Sketch of the medical history of the native army of Bombay, for the year
Year: 1876
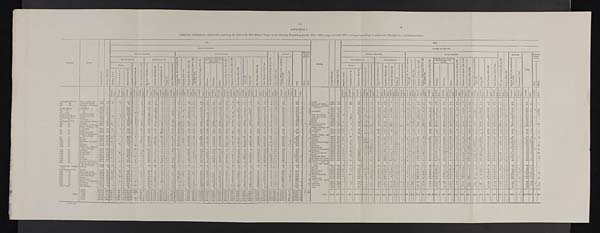
ANNUAL GENERAL RETURN exhibiting the Sick of H. M.'s Native Troops in the Bombay Presidency for the Year 1876, compared with 1875, arranged according to authorized Classification and Nomenclature.
Regiment.
Station.
A v e r a g e S t r e n g t h .
A v e r a g e D a i l y S i c k .
1876.
Station.
A v e r a g e S t r e n g t h .
A v e r a g e D a i l y S i c k .
1875.
CLASS OF DISEASES.
CLASSES OF DISEASES.
G E N E R A L D I S E A S E S .
LOCAL DISEASES.
O l d A g e a n d D e b i l i t y , 9 0 4 a n d 9 0 5 .
P o i s o n s , 9 0 6 t o 9 9 1 .
INJURIES.
T o t a l .
SURGICAL
OPERA
TIONS.
GENERAL DISEASES.
LOCAL DISEASES.
O l d A v e a n d D e b i l i t y , 9 0 4 a n d 9 0 5
P o i s o n s , 9 0 6 t o 9 9 1 .
INJURIES.
Total.
SURGICAL
OPERA
TIONS.
SubDivision A .
Sub D i v i s i o n B .
D i s e a s e s o f t h e N e r v o u s S y s t e m , 5 9 t o 1 0 4 .
I n s a n i t y , 1 0 5 t o 1 1 0 .
D i s e a s e s o f t h e E y e , 1 1 0 t o 1 8 5 .
D i s e a s e s o f t h e H e a r t , 2 1 9 t o 2 4 4 , a n d 2 5 0 t o 2 5 8 .
D i s e a s e s o f t h e L u n g s , 2 9 0 t o 3 3 7 .
Diseases of the Sto
mach and Intestines,
149 to 500.
D i s e a s e s o f t h e L i v e r , 5 0 1 t o 5 2 0 .
D i s e a s e s o f t h e S p l e e n , 5 2 4 t o 5 3 0 .
G o n o r r h œ a , 5 8 5 t o 5 9 4 .
A b s c e s s , 8 1 9 , a n d c l s e w h e r e a c c o r d i n g t o s i t e .
Ulcers, 859.
S k i n D i s e a s e s , 8 2 9 t o 9 0 1 .
O t h e r D i s e a s e s o f t h i s C l a s s .
I n j u r i e s , 9 9 2 t o 1 , 1 4 6 , a n d B l i s t e r e d f e e t , 1 , 1 4 8
P u n i s h m e n t , 1 , 1 4 7 .
Maj or.
Minor.
S u b D i v i s i o n A .
SubDivision B.
D i s e a s e s o f t h e N e r v o u s S y s t e m , 5 9 t o 1 0 4 .
I n s a n i t y , 1 0 5 t o 1 1 0 .
D i s e a s e s o f t h e E y e , 1 1 0 t o 1 8 5 .
D i s e a s e s o f t h e H e a r t , 2 1 9 t o 2 4 4 , a n d 2 5 0 t o 2 5 8 .
D i s e a s e s o f t h e L u n g s , 2 9 0 t o 3 3 7 .
Diseases of the Stomach
and Intestines, 449
to 500.
D i s e a s e s o f t h e L i v e r , 5 0 1 t o 5 2 0 .
D i s e a s e s o f t h e S p l e e n , 5 2 4 t o 5 3 0 .
G o n o r r h œ a , 5 8 5 t o 5 9 4 .
A b s e c e s s , 8 1 9 , a n d e l s e w h e r e a c c o r d i n g t o s i t e .
U l c e r s , 8 5 9 .
S k i n D i s e a s e s , 8 2 9 t o 9 0 1 .
O t h e r D i s e a s e s o f t h i s C l a s s .
I n j u r i e s , 9 9 2 t o 1 , 1 4 6 a n d B l i s t e r e d F e e t , 1 , 1 4 8 .
Pu n i s h me n t , 1 , 1 4 7 .
Fevers.
M a l i g n a n t C h o l e r a , 1 8 .
O t h e r D i s e a s e s o f t h i s C l a s s .
R h e u m a t i c A f f e c t i o n s , 3 4 t o 4 2 .
S y p h i l i t i c A f f e c t i o n s 4 3 .
S c o r b u t i c A f f e c t i o n s , 5 4 .
Dr ops y, 57.
O t h e r D i s e a s e s o f t h i s C l a s s .
D i a r r h œ a .
D y s e n t e r y .
O t h e r s .
Fevers.
M a l i g n a n t C h o l e r a , 1 8 .
O t h e r D i s e a s e s o f t h i s C l a s s .
R h e u m a t i c A f f e c t i o n s , 3 4 t o 4 2 .
S y p h i l i t i c A f f e c t i o n s 4 3 .
S c o r b u t i c A f f e c t i o n s , 5 4 .
Dr o p s y , 5 7 .
O t h e r D i s e a s e s o f t h i s C l a s s .
D i a r r h œ a .
D y s e n t e r y .
O t h e r s .
Major. Minor.
E r u p t i c e , 1 t o 5 .
C o n t i n u e d , 6 t o 1 4 .
M a l a r i o u s , 1 5 a n d 1 6 .
E r u p t i c e , 1 t o 5 .
C o n t i n u e d , 6 t o 1 4 .
M a l a r i o u s , 1 5 a n d 1 6 .
T r e a t e d .
D i e d .
T r e a t e d .
D i e d .
T r e a t e d .
D i e d .
T r e a t e d .
D i e d .
T r e a t e d .
D i e d .
T r e a t e d .
D i e d .
T r e a t e d .
D i e d .
T r e a t e d .
D i e d .
Treat ed.
D i e d .
T r e a t e d .
D i e d .
T r e a t e d .
D i e d .
Treated.
D i e d .
T r e a t e d .
D i e d .
Treated.
D i e d .
T r e a t e d .
Died.
T r e a t e d .
D i e d . T r e a t e d .
D i e d .
T r e a t e d .
D i e d .
T r e a t e d .
Died.
T r e a t e d .
D i e d .
T r e a t e d .
D i e d .
T r e a t e d .
D i e d .
T r e a t e d .
D i e d .
T r e a t e d .
D i e d .
T r e a t e d .
D i e d .
T r e a t e d .
D i e d .
Treat ed.
D i e d .
Treated.
D i e d .
T r e a t e d .
D i e d .
T r e a t e d .
D i e d .
T r e a t e d .
D i e d .
T r e a t e d .
D i e d .
T r e a t e d .
D i e d .
T r e a t e d .
D i e d .
T r e a t e d .
D i e d .
T r e a t e d .
D i e d .
T r e a t e d .
Di ed.
T r e a t e d .
D i e d .
T r e a t e d .
D i e d .
Treated.
D i e d .
T r e a t e d .
D i e d . T r e a t e d . D i e d . T r e a t e d .
D i e d .
Treat ed.
Di ed.
T r e a t e d .
D i e d .
T r e a t e d .
D i e d .
T r e a t e d .
D i e d .
T r e a t e d .
D i e d .
T r e a t e d .
D i e d .
T r e a t e d .
D i e d .
T r e a t e d .
D i e d .
Treated.
D i e d .
T r e a t e d .
D i e d .
Treated.
D i e d .
T r e a t e d . Died.
T r e a t e d .
Died.
Tr eat ed.
D i e d .
Treated.
Di ed.
Treated.
D i e d . Treated.
Died.
T r e a t e d .
Died.
1st Regiment N.L.C. ... Poona and Baroda ... 435.8
17.0
1
28
187
1
20
13
2
1
26
22
1
5
14
6
...
8
1
2
... 14
3
51
15
2
83
503
3 ...
7 Poona
459.7
15.5
1 6
242
1
19
13
1
1
8
17
22
15
22
3
2
2
6
5
51
25
6
76
553
2nd
do.
... Deesa and Rájkot ... 460.4
11. 3
2
2
90
1
1
25
1 2
5
8
1
1 7
2
12
...
,
11
36
2
9
_ 9
.
16
11
4
1 ..
88
.
354
2
2
De e s a a nd Rá j kot
434.9 13.3
...
26
_
106
.
23
1
9
3 3
14
1
7
8
.. 21
20
6
1
.
6
8
3
6
.. 12
..
4
9 0
376
2
3rd
do.
... Neemuch and Noossee
rabad
...
... 440.2
15.4 ...
213
..
...
37
6 1
6
19
2
1 1
7
19
1
11
1
5
.. 3 ..
5
_
2
80
21
1
2
151
.. ...
602
2
...
2
N e e m u c h a n d N u s s e e r a b a d
438.6 16.0
... ..
193
.
.
.
52
8
.. 6
... .. 13 . 2
14
.
3
1
2 2 8
14
15 ..
3
1
7
.
.
4
.
4 6
34 ..
5
9 0
540
1
.
1st Sind Horse ...
Jacobabad.
...
... 325.2
14.3 ... ...
436
19
12 8
6
1 0
4 8
21
5
3
11
4 ..
39 ..
33
1 0
2 .. 1 ..
73 1
...
.
701
5 ...
33 Jacobabad.
304.5
10.1 _
367 1 ... .
22
5 . 10 .
.
3 .
..
9 .. ..
8
2
6
..
13 .. 10
1
4
2
.
.
5 . 17
37
3
1
3
1
58 ..
582
6
1
3 2
2nd
do.
Do.
340.0
11.8
220
9
11 3
1
1
1
5
1
19
2
8
2
12
6
50
19
5
1
47
421
2
13
287.0 9.6
129
8
... 12
4
2
1
3
1
.. 10
2 1
.. 4
4
3
6
12
72
..
33
6
1
32
343
3
31
3rd
do.
Do.
369.7
17.7 ... ...
..
...
402
1
26
9
.
16 ..
4 ... ..
...
.
..
4 .
2 1 .
11
...
1 3
5 60
3
36
2.. 19 .
3
3
8
60
26
12
4 ... .. ..
112
821
21
...
28
356.0 10.7
441 3 ... .. ..
17
2
2
5
4
1 19
23
12
5
... .
7 .. 21 _
48 . 14
3
1 0 1 1
... ..
724
4
47
Poona Horse
... Sirur and Dhulia
.. 416.5
13.2 ..
..
1 ..
111 1 .
...
2 1
23
1
... 1
1
..
3
3 ..
..
9
1
1 1
4 ..
9
16 ..
2
2
8
2
14
1 2
3 .
.
62 ..
.
301
2 ...
2 Sirur and Dhulia
399.8 12.5
3 ..
2
84
4
23
2
1
9
1
18 .
.....
1 0 1
3 ..
12 ..
18
2
5 .
8
.
2
33
. 13
1
1
1 ...
79
333
4
...
7
Sappers and Miners ... Kirkee and Aden
... 464.5 9.5
2
.. 2
1
58 ...
1 .
13
14 4
1
1
2
27
1 1 12
4
8
.. 3
1
1
6
.
4
21
1 0 1
3
.3.
28 ..
230
3
Aden and Kirkee
585.5
10.7
6 4
73
3
3 1
16
10
2
2
1 6
1
... 16
12
3
8
7
1
4
5
8
..
33
22
2
3
33
...
334
4
1st Company N.A. ... Rájkot
120.0
3.0
...
25
1
11
3
3
3
12
3
2
3
1
3
. ... ...
11
2
3
1
.
28
84 3
... 1
Rájkot 124.0 2.6
...
19
...
33
6
2
1
4
3
1 1
6
3
.
...
2
4
4
2
106
1
2nd do. Jacobabad
...
..
95.4
7.6
...
163
1 9
5
26
1
.
..
.
2
24 1 6
1
9
1 ...
1 _
1 .
18
2
8 1
4 ... 1 ..
17 .. ... .
299 1
...
5 Aden
66.8
1.1
5
9
1
3
1 1
.
1
.
1
..
... ... ... ..
1
5
1
58
30
1
1st Regiment N.L... Ahmedabad and Sádra 693.6
29.3
423
35
2
2 ..
71 ...
3 ... 5
1
3
1 4
1 1
55
9
1
25
29 ..
24 1 1
1
6 ..
7 _
6 ... 10 .
24
2 6
15
1 ..
23 .. ... .
879
10 ..
2 Poona
629.5 24.6
3
426
1 1
1
63
12
3
1
.
7 1 2 .. 13
2 ... 30
15
28
. 28 .. 2
6
6
9
20
36
24
3
43
798
3
2nd do. Belgaum
_
.. 630.0 16.7
21
.
120 2 1
1
2 _
13
2 ..
6 .......
..
5 1 ....
30 ... 4 1
6 5
2.
10 ...
25 .. 10 .
4 .
1 ...
4 .. 10 ... 4
„
32
19
6 ... 1 ..
59 ..
... .
410
5
2
34 Aden and Perim ..
637.8
14.6 ...
.
2 ...
61 1
1
16 ..
3 .. 35 ..
... . 14 . .. . 10 . 12 ...
34 ..
11
.
34 .. 18 .. 9
3 ...
.. . 14
11 ..
1 7 .. 22 .. 22
2
1 0 1 ... ... ..
394
1 ...
36
3rd do.
4th do.
Kolhápur and Kaládgi
636.8
17.2 3
199
1 ...
7
1 5
4 ..... ...
3 ..
4
2...
1...
18...
26
3 3 26
1 24
...
26
1
2
3
9
5
10
72
2 1
14 ... I .
41
.
...
630
2
...
.„
Ahmedabad
... 700.5 32.4
17
1
...
...
544 1 18 11 21
..
29
2 4 .
18 ..
12
6
1
71
4
95 1 26
48
40
19
2 ...
9 ..
3
10 ....
70 .. 34
22
2
... 101 ... ... .. 1,246 15
5th
do.
Satara, Bomby, and Asirgarh603.3
17.8
4
3
1
184 ...
12
73
20 7
2
2
1
18
3
36
2 20
9
26
1
1
5
2
4
60
19
9
1
82
603
4
7
S a t a r a , B o m b a y a n d A s i r g a r h 631.0 15.8 16
..
2
...
170
... . 1
..
1 0 3 1
I7
.
5 ..
4
2
8
6
43
21
10
3
3
6 ..
7
5
44
15
3
1
72
603
3
6th do.
Poona
589.0
22.1 5
...
...
.
784
3
32
8 7
.. 2 .. 1
21
1
20
10
12
28
1
3
13
6
1
66
14
4
77
1,119
...
26c
Do.
. 634.0
14.4.
10
..
...
...
147 2.
..
37
18
.
5
..
1
„
6
1
9
20
10
1 13
30
3
6
35 .
11 _
2
1
5 5
420
4
...
6
7th do. Baroda
692.6
14.6
..
146 3
_
30 ..
3
22 ..... ..
7 .
10
4
8
1
1 6
1
14
22
25.
8
6
..
4
3
3
32
2 6
1
3
45
439
4.
5
Ritjkot, Tanna, an5 610.5 11.1
17
...
.
149
4
3 1
1 4
9
3
..
1
5
1 5 1 7
11
16
...
2
4
4
3 0
14
5
1
4 9
361
4
2
8th
do.
Mahidpur and Augar.
623.2
24.1
7
1 1
493
1 1
1
42
3
.. 24
3
1
1
... 11
3
30
. 15
12
23
9
2
1
.. 20
10
_ 31
..
21 .. 30
..
35
1
829
4
...
1
Poona 628.7 17.8
1
75
247 1
... ..
4 7
„.
7 1
3
.. ... ...
1
1
8
. .
19
. 3
1I
18 3 26 1
11
.. 26
...
1..
1
2
7 ... 5
..
49 ... 21
... 15 1 1 ..
80 .
674
9 ...
8
9th
do.
... Bhuj
... 684.0
28.119
...
.
648 ...
..
1 ..
68
3 3
...
1
12
7
5
15
3
106
2 24
14
43
4
2
10
5
4
43
24
32
214
..
.
1,3372
...
...
17
Baroda 690.0
28.1
10
515
.
2
1
.
67 ...
4 9 ..
4
.... ...
9
11
3 33
... 2 1 163
18
. 13
.. 44
... 2
4
12
... 7
... 12
,
49
23
4
1
353 ...
1,410
2 5
1
10th do. ... Dharwar
662.0
11.9
id ..
..
222
.... ...
2 ...
31
7
5
2 11
1
24
42
5
12
12 ..
..
3
3
4
20
..
13
1
.
44
..
1
463
2
...
Mehidpur and Augar
648.3
15.6 10
..
3 1
177
12 8 3
...
4 0
„.
5
1
. .. .
5
6 2 1
25 ..
27
10...
35
12
1
1
6
18
4 0
9
1
48
...
496
11
...
11th do.
Málegaon, Ahmedabad, and Sádra 621.0 48.1
10 ...
1
.
943 3
... .. 21. ..
77 1 23
.
7 .
..
1
1 .. 2 ...
12 ..
4 5
1
25
.. 14 ..
32
8
2 .
10 ...
7
_ 10
..
54
34
.. 11
..
119 ..
1
1,470
5
4 Bhuj
..
584.3
39.7
...
3 7
724 43
24
...
45
.
11
7
. 1
3
4
25 . 2 1
3 5
54
14
.. 27
..
4
..
2
.. 8
.. 11
„ 13
„
4 5
. 22
. . 25
... 1
1 1 4
..
1,277
2 5 ...
1
1 2 t h d o .
Belgaum
678.2
19.2
2
42
132
22
20
7
.'
1
15
12
1
3 7
..
9 1
15 .. 35 ..
15 1 3
7
..
6
,
15 ..
23
35
.
...
.. 1
44
... .
499
2
1 Dharwar
671.0
16.1 2
5 4 28
1
.
„ 4
.. 11
... 12
.. 1
. 1 1
1 3
. .. .. 6
1
.. 37
1 11
10
.. 26
... 6
1 7
2
.. 11
... 21
..
23 . 26
. 2
.. 1 ..
25 ..
332
4
,
13th do.
Ahmednagar
642.8
13.6 1
_
3
68
2 2 ...
30
5
..
1
10
15
1 7
2
7
...
17
..
10
14
4
..
12
...
6
17
..
4 3
,
4
. .
32
. ...
..
318
4
...
5
..
685.0
18.3
..
7
87
3
3
2
24
7
1 8
16
18 1 9
6
5
3
1
12
12
17
1 3
87
1
36
.
.
375
4 ...
30
14th do. ... Nusseerabad
655.5
20.5 5
..
.
..
.
263
12 2
100
...
9
1 ..
3 1
18
.
35
..
...
9 3
. 18
21..
37.
2
.
6
4
2
37
. . .
26 2
9.
. . 1
65
.
.. ..
767 5
...
Mitlegarin
...
609.0
21.6
2
5
.
159 .. 1
1 1
.. 40
...
22 .. 5
3
... 11
.
.. 18
.. 47
1 7
1 7
. 15
.. 11
1
... 7
6
2 1
49
19
2
4 3
482
5 1
34
15th do. Surat
5840
136 5 ..
.36
132 3 ... ..
5
...
21 ... 19
1 ...
5
29 ... 3 .
1 8
23
33
12
1
3
2
39
15
18
419
4
666.4
28.3
3
3
1
320
7
4
9
...
86
9
5
.
....
1
... 8
22
...
18 . 2
34
35
20
39
.4.
.2
14
1
21
8 3
24
12
2.
185
.
949
5 ...
31
16th do. ... Deesa
653.1
392
3
.
3 .1
862
1 ..
5'
65 ...
4
..
'
6
1 .
25 ..
1 1
49..
..
56
..
8
21..
1.
.
2
9
2
10
72
21
15 ....
81
. ...
1,321
4
...
11
658.5 22.8
1
20
390
1
. 84
... 14
... 2
..
.
1 . 3
.
. 8
1 .. 25
1 12
.. 34
.. 27
... 2
1 9
... 8
... 29
49
22
..
30
... 24
1
..
1 4
.. .
.
810
3
...
17th do.
Sholápur
631.6
35.0
.
684 3
11 6
1 1
98 ...
7 .
9
1
.
9
2 ... 2. 2
25
1
46
.
76
_
41
4
7 ..
16
..
24
... 67
1
22
..
18 ..
27 .. 2
14 ...
...
1,212
150 ..
Deesa and Sidra ...
624.8
22.5
2 ...
2
305.
1
79
16
4
4
11
39
5 7
20
6
42
6
2
8
8
7
38
.. 28
.. 8
1
100
..
794
5
18th do.
B o mb a y a n d J a n j i r a
6270
16.2 10
86
66
8 3
1
3. 1 7
..
.
51 .. 3
1
51
6
1
10
..
22
.
3
.
2 ..
7
10
5
47
..
2 6
.
9 .... .
95 .. ...
531
3 ...
9 Sholapur and Poona 668 0
14.0
1
.
...
...
347
49
...
23
1
1 .. 7
. ...
25
31
1 2
. 12
.. 11
...
4
..
1 ...
15
...
2
14
40
31
1
2
27
...
646 2
...
16
1 9 t h d o .
Bombay and on board the steamships 631.5
10.7 .
..
..
104 .
3 1 ...
20 ..
18 ...
1 ...
..
1 1
3 ..
17 ...
1 7
1
3
15
.
12...
1
..
...
.
17
...
...
8
_
34
...
23
.
2 . .. .
39 ..
..
338
3
..
11 Bombay and Janjira. 638.7
30.7
5 ..
1 8
...
123'
2
7
46
,
25
25
1
5 3 12
8
1
66 1 59
1
19
24
I
11
..
4
..
12
8
18
51
..
19
27
....
2
.
68
..
...
663
9 ...
...
20t h do. Bombay
611.5
42.8 4 ..
.19 ..
210 3
2 2
1
85
28
15
.
5
12
1
9
28 I
40
1.
16
1.
13..
6
1
13
.„
3
11
.
61
..
20
1
54 3
1
97
1
755 13
61 Bombay
aud
on
666.0 20.6
8
15
215
2
2
34
.. 28
. 3
1 1_1
2 8
1. ..12. ... 12
1
45
1 19
17
29
1 1
... 10
.. 8
_ 2
51
27
.. 8
1
51
_ 610
6
21st do.
Baroda
637.0
16.8 2
3
213
1
3
19
36
9
5
2 5
15
28
23
7
22
7
2
9
5
48
.
23
..
3
39
...
_
531
3
...
board tho steam 35.0
2.5
2
6
1
21 2
1
3
3
1
1
3
1
1
3
1
1
32
1
Details, 21st Regiment
N.I.
Mh o w a n d I n d o r e
28.0
1.9
3 ..
4
1
. 5
2
1
1
1
1 1.
.
2 ..
5 ...
1 ..
..
3 2
... ...
2
_
1 ...
23
5 ...
_
ships
... 662.2
26.8
5
4 9
281
14 7
1
66
15 .. 2
.. 1 1
9 .
8
1..... 53
.
.
49
45
7
20
1
3 . 3
... 3
.. 13 .
4 7 „ 25 ... 11 1 1 ...
8 4 .
1
806
9
22nd Regiment, N.I. ... Neemuch and Delhi
647.0
22.1 13
52
199 .2
82 2 6
1
70
38
1
37
11
1
1
4
2
4
52
16
1
3
63
1
656
6
..
Nusseerabad
629 0
17. 2
1
50
2
57
12
8
4 1
17
14
8
37
25
9
37
4 9
7
26
50
20
1
72
675
1
...
...
23rd
do.
... Mhow and Indore
639.5
36.1 10
..
3
_
330
2
.
1
59 15
5
1
7
16
1
22
10
1 32
49
36
49
2
1
15
8
24
62
29
2
1
142
..
_
931
4
. . .
,
..
Neenruch
622.0
23.2
11
575_
2 2 2
2 8
2
3
13
2
14
15
11 1
69
3
44
1
15
1
43
5
8
9
4
5
52
22
92
1
1,035
11
.„ 14
24th
do.
Poona
6 5 1 . 6
18.6r
2
..
4 0 7 4 ..
1
29 9
7
2
9
_
1 4
...
13
...
.. 2
9 3
2
17 ..
34
20
.
18
..
8
I
1215 12
.
1 .. o4
1
..
45
33
.
3
.
2
..
70
,
..
3
„.
812
7
...
11
.
151) ow and Indore ..
6162
24.8
8
. . 173.
..
1 9 8
2
8 .. 47
18
5
1
7 ,
15
1 1 69
1
9
20
66 ...
. 18
...
6 .„
3 .
10 ..
52 ..
16 _
2 ..... ..
112 ...
8 6 7
2
...
25th do.
Hyderabad
6 3 1 . 932.5
8 ..
18 ...
3 0 5 1 ....
2
42
1 4
10
...
18
. . .
78
17 ..
20 ..
60
..
1
4
24 ...
3 ...
1 .
57
,
29
..
3
.. 1 ..
117
..
2
..
837
1 ...
Surat
6140
34.4
6
6 0 0 3
4
56
24
3
11
30
120 6 38
24
1
16
12
20
10
1 0 5
30
9 1
1 4 6
1,264
11
26th do.
Rájkot and Dwárka.
5 9 8 . 030.2
1 2
3 1 8
43 ...
49 ..
2
11 1. .
I
18
..°2
6 ..
32 . 1
13
.
5
8
4 . ,
2 „
4 ..
73
..
26
.. 1
6 ...
123...
..
...
827
5
...
1_ 1
..
Hyderabad
679.0
27.8
2 7 5
2
13
38
26
22
1
52
1
10
..
8
30
...
1 ..
5
...
18 „ ...
16
.
.
16
.
2 8 ..
13
..
2
..
1 0 3
.. ...
3
661 2
...
16
27th
do.
... Kurrachee
6550
38.0
4
5 9 4 1
..
1
27
20
1
12
58 4
6 .
19
1
19 ...
1 5 . . .
2...
4
8
11 .
10 ..
25 .
21
1
........
129
2 . . .
'1
..
932
7
...
32
.
Rajkot and Bar&
...
6
62
. . .
. . . .. .
..
.
.
...
...
...
.. 3
..
..
...
.
... .....
..
.
...
28th do.
.. Jacobabad
612.6
23.3
17
227
5
4 2
96 1
11
37
3 . . . .
4
1
14
.. 1
1 .
27 1
11 .
15
1
30
8
8
4
3
14
62 ..
..
6 9 7
...
Choi :.3,
639'1
23.6
1
1
458
3
22
7
5
6
33
3
24
3
23
46
9
1 13
32
20
10
1
74
1
1
856 14
29th
do.
... Khor Muksar
627.2
18.0
...
..
3 4 2
... ...
33
33
9
9
..
1 2
1 .
1
1
18
...
3
..
57
33
1
3
1 0 1
10
.
39.
8
40
. 1
5..
15 „
9. .
1 .
39
50
..
11..
16
2
5
2
2
62
47
..
.. ...
697
615
13
5
...
.
30
...
Kurrachco
627.8
20.8
.
..
324..
6233
1 7
..
718
l6b
„
9 1
2
..
.
3
1 3
oo
.
.. 3 ...
1 7 4
17
6
2
6
...
11
1 2 1
,
2
...
I
16
...
43
13
...
30
..
26
..
3
..
10
1
...
20
...
..
565 4
1
1
30th do. ...
577.9
34.8 ..4 ..
...
..
687
2
33 21
,
61
...
..
18 ...
3
44
4
19
.. 1 . 1
6 9
3
91
_
3
2 2
1
2
. 2 6 2 2
1
S...
1 5 . . .
1 8 0
IS..
.
20
22
..
104
..
41
..
2 19
. . .
1 5
142
... ... ..
1,468
42
...
...
78
..
Jacobabad
553.2
25.9
...
..
4 3 7 1
33
..
6
.
3
1
.
.
5
I
1 . 19 ...
1 1
51
5 40
..
.
7
..
.
10
...
.
..
26
.. 1
13
..
4
8
.
.
62
...
.. 20
.
1 22
.
1 8
...
...
8 6
..
1 ...
..
.
859 13
...
45
A d e n T r o o p
8 9 . 5
6 . 1
98
6
7
..... .
2
..
3
6
35
.
.
.
15
..
9
1
6
... ...
.
1 6 0
Aden
90.7
5 5 ...
1 0 0
1 7
1
..
.
2
.. ..
2
2
3
8
1
5
9
..
..
.. ...
...
1
10
6
25
1 9 2
Total...
1876
.. 22588.3 856.8 177
1
234 3 12,52814 1123
53
,
701 3 1,665 4 506
203 4
4
87
9 219 0 31
1 790
52
8
5
1,493
55
7 7 9 10
7 3 8 8
842 6
1 0 5
1 6 2
2
3 3 6
2 3 2
4 6 6 1
1 , 6 5 1
82212
12
317
6
34
3
11
27,639 247
2 459
Total
22,819 772.7150
1 691
..
10,566 222
1 2 0 71
_
98 _ 1,588
4 544 1 198 4
8 3 78
9 277 10 40 .40 752
53 8
1 , 4 9 1
43
7 0 6 7
635
2 929
4 145
5 162
1 276 „ 270 ... 499
1 1,644
847 4 282 7 29 1 3,073
3 6
26,157
213
8 366
1875
... 22,819 772.7 150
1 691 2 10,566 22 12071
71
981
1,588
4 544
. 1
198 4
8 .
.3
78 9 277 10 40
752
...
53 8
1,491
43
779
70(
7
6 3 5 5
2
9 2 9
4 145
5
5
10r
162
1 338... 270.. 499
1 1,551
1,644
..
847 4 282 7 29
1 2,954
3,073 3
6
..
26,157 213
8
366
1574
92,750 835 '7 233
1
5 6 0
1
5, 12 73 42
1
81
1 474 4 496 I 228 2
8
101 8 224 7 22
..
938
.
17
5
69 7
1,491
I:37 .54
5 3 2
5
5
7
5
535
6 7 9 5 2 8 843 5 115 9 145
276.
3 3 4
...
3 7 7
1,646
..
940 8 289 7 17 2 Z 721 3 10
..
2 7 402
1873
22,557 8752 162
1 11,039
13,994
30
..
1 1 4
114
..
,
1,561
1 40.)
1
2 9 4
4 8
. 1
85
4 223 9 21
...
988
... 48
4
..)
57
640 4
14
9 3 9 4
115 3
1 5 1
3
303 ...
4 9 1 2 37 7
1. 1
1,713...
. 869
10
242
6
39... 2,792 7
7
.
,
29,964 165
. . .
. . .
1872
22,903 1.0100 541 3 4,742
..
3 16,849 52
.....
20 18 123 . 2 1,912 3 477
1 291 5 6
1 90 6`208
8
19
...
933
..
53 5
1,33; ;7
.s 741
7 57514 8 956
4 107 7
1 6 2 1 378... 405 1 457
1
1,689 2
681
5 245
11
38
2,805 4 15
...
37,072 226
1871
22,955 9992 97
. . . 1,351 2 14,432 55
43 58 2 1,647 8 573 3 238
9
510
1 112 5 256 12 24
..
1 933
..
. 36
10
Lim
1,10771
71 690
7
4
977
645
s
8
056
912 4 104 5
16._
125
1
319
329
.
0
405
514
1
1
543
566 I 1,727 2 680 9 216
9 39
.
2 3,019 3 104
...
30,608 236
. . .
...
B 1963